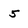
Character: 5